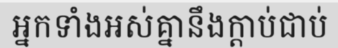
អ្នកទាំងអស់គ្នានឹងក្តាប់ជាប់